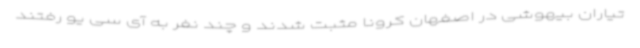
تیاران بیهوشی در اصفهان کرونا مثبت شدند و چند نفر به آی سی یو رفتند